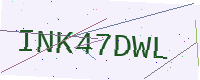
Text: INK47DWL